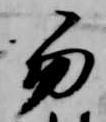
笏